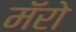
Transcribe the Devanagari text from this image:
मॅरो